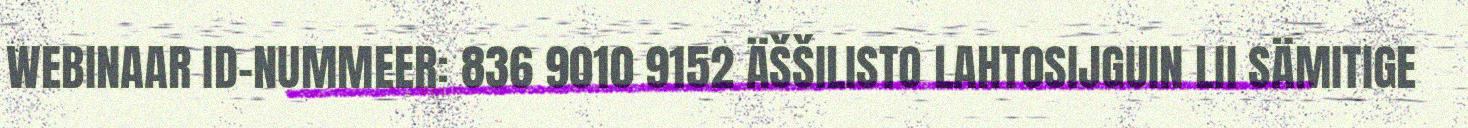
WEBINAAR ID-NUMMEER: 836 9010 9152 ÄŠŠILISTO LAHTOSIJGUIN LII SÄMITIGE